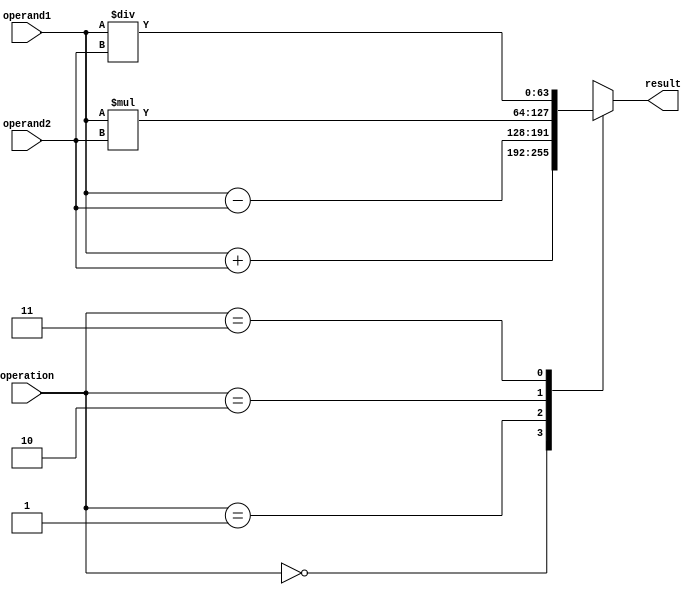
module DoublePrecisionFloatingPointUnit (
    input [63:0] operand1, // input operand 1
    input [63:0] operand2, // input operand 2
    input [1:0] operation, // input operation code (00:addition, 01:subtraction, 10:multiplication, 11:division)
    output reg [63:0] result // output result
);

always @(*) begin
    case(operation)
        2'b00: result = operand1 + operand2; // addition
        2'b01: result = operand1 - operand2; // subtraction
        2'b10: result = operand1 * operand2; // multiplication
        2'b11: result = operand1 / operand2; // division
        default: result = 64'h0; // default case
    endcase
end

endmodule